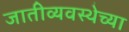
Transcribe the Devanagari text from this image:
जातीव्यवस्थेच्या